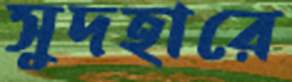
সুদহারে